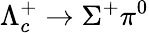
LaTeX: \Lambda_{c}^{+}\to\Sigma^{+}\pi^{0}